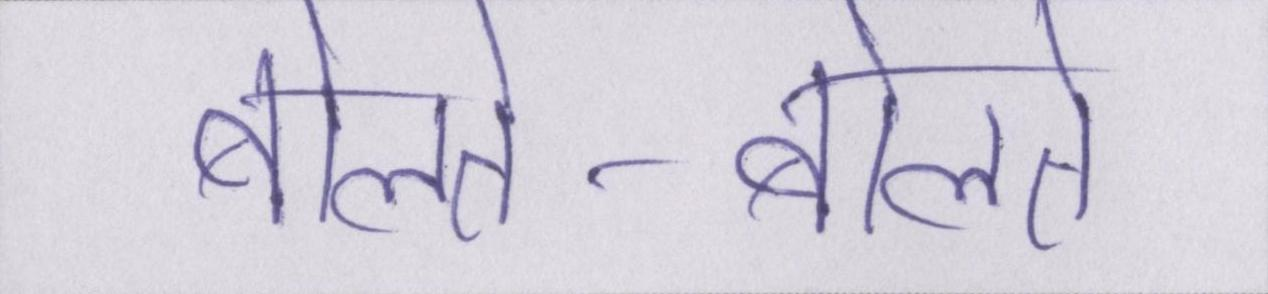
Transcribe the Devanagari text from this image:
बोलते-बोलते